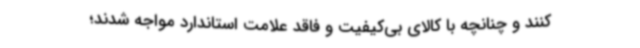
کنند و چنانچه با کالای بی‌کیفیت و فاقد علامت استاندارد مواجه شدند؛